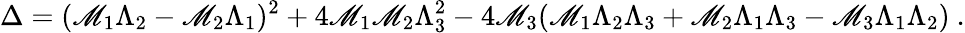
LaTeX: \Delta=(\mathscr{M}_{1}\Lambda_{2}-\mathscr{M}_{2}\Lambda_{1})^{2}+4\mathscr{M}_{1}\mathscr{M}_{2}\Lambda_{3}^{2}-4\mathscr{M}_{3}(\mathscr{M}_{1}\Lambda_{2}\Lambda_{3}+\mathscr{M}_{2}\Lambda_{1}\Lambda_{3}-\mathscr{M}_{3}\Lambda_{1}\Lambda_{2})~.